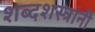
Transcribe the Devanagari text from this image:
शब्दशस्त्रांनी